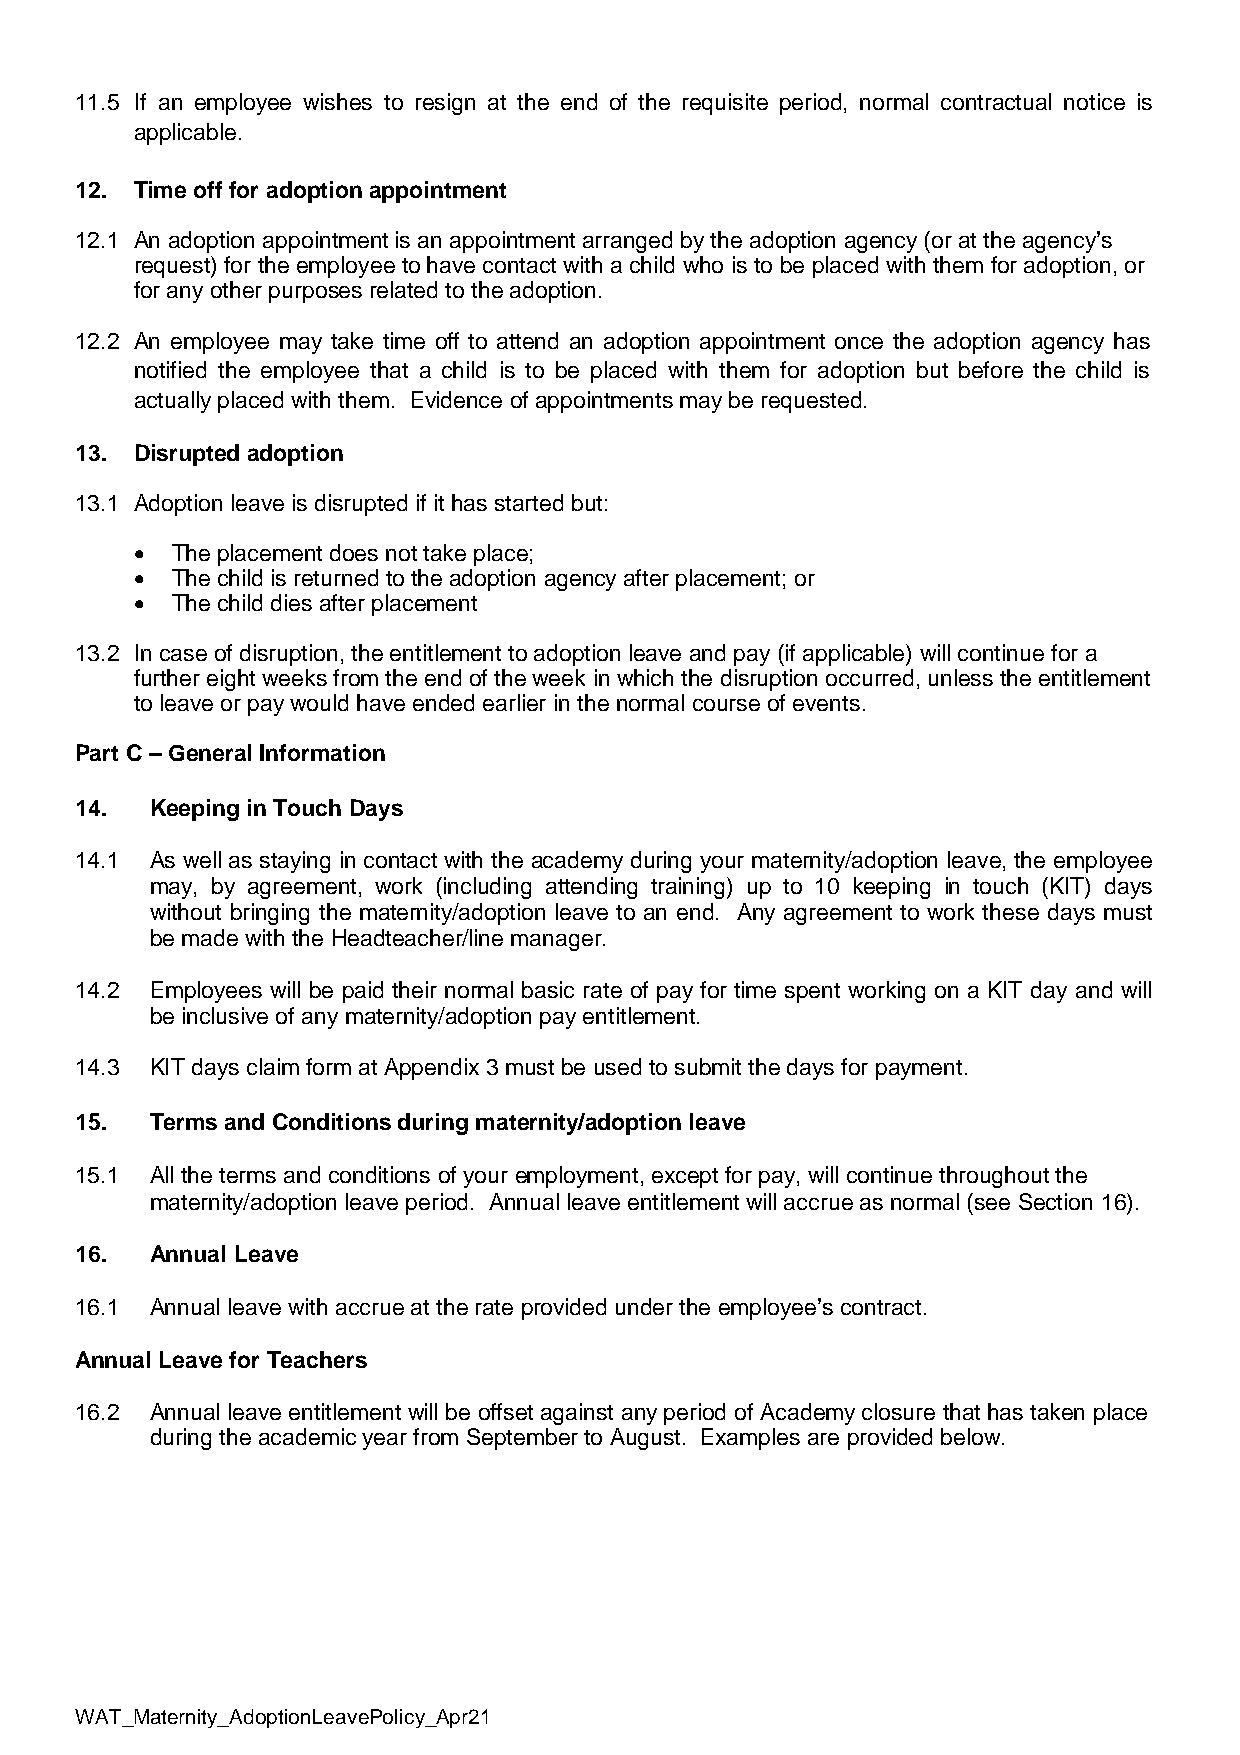
11.5 If an employee wishes to resign at the end of the requisite period, normal contractual notice is
 applicable.
 12. Time off for adoption appointment
 12.1 An adoption appointment is an appointment arranged by the adoption agency (or at the agency’s
 request) for the employee to have contact with a child who is to be placed with them for adoption, or
 for any other purposes related to the adoption.
 12.2 An employee may take time off to attend an adoption appointment once the adoption agency has
 notified the employee that a child is to be placed with them for adoption but before the child is
 actually placed with them. Evidence of appointments may be requested.
 13. Disrupted adoption
 13.1 Adoption leave is disrupted if it has started but:
 • The placement does not take place;
 • The child is returned to the adoption agency after placement; or
 • The child dies after placement
 13.2 In case of disruption, the entitlement to adoption leave and pay (if applicable) will continue for a
 further eight weeks from the end of the week in which the disruption occurred, unless the entitlement
 to leave or pay would have ended earlier in the normal course of events.
 Part C – General Information
 14.  Keeping in Touch Days
 14.1 As well as staying in contact with the academy during your maternity/adoption leave, the employee
 may, by agreement, work (including attending training) up to 10 keeping in touch (KIT) days
 without bringing the maternity/adoption leave to an end. Any agreement to work these days must
 be made with the Headteacher/line manager.
 14.2 Employees will be paid their normal basic rate of pay for time spent working on a KIT day and will
 be inclusive of any maternity/adoption pay entitlement.
 14.3 KIT days claim form at Appendix 3 must be used to submit the days for payment.
 15.  Terms and Conditions during maternity/adoption leave
 15.1 All the terms and conditions of your employment, except for pay, will continue throughout the
 maternity/adoption leave period. Annual leave entitlement will accrue as normal (see Section 16).
 16.  Annual Leave
 16.1 Annual leave with accrue at the rate provided under the employee’s contract.
 Annual Leave for Teachers
 16.2 Annual leave entitlement will be offset against any period of Academy closure that has taken place
 during the academic year from September to August. Examples are provided below.
 WAT_Maternity_AdoptionLeavePolicy_Apr21